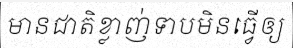
មានជាតិខ្លាញ់ទាបមិនធ្វើឲ្យ